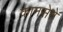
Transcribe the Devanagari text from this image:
कानसेने